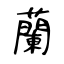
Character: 蘭